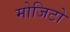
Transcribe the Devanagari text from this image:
मोजिटो